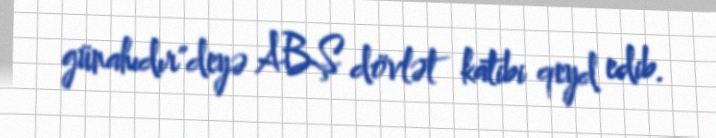
günahıdır"deyə ABŞ dövlət katibi qeyd edib.